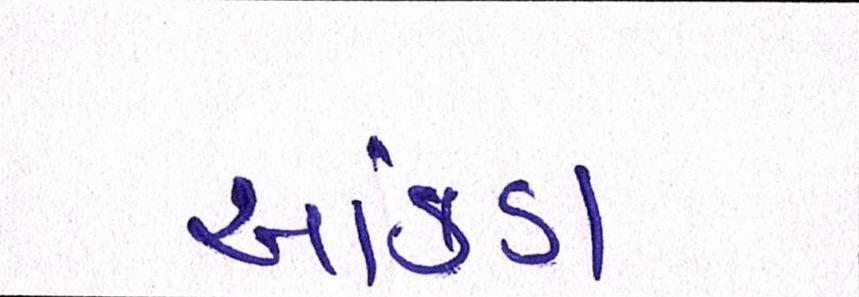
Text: આંકડા